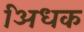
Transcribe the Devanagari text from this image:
अिधक